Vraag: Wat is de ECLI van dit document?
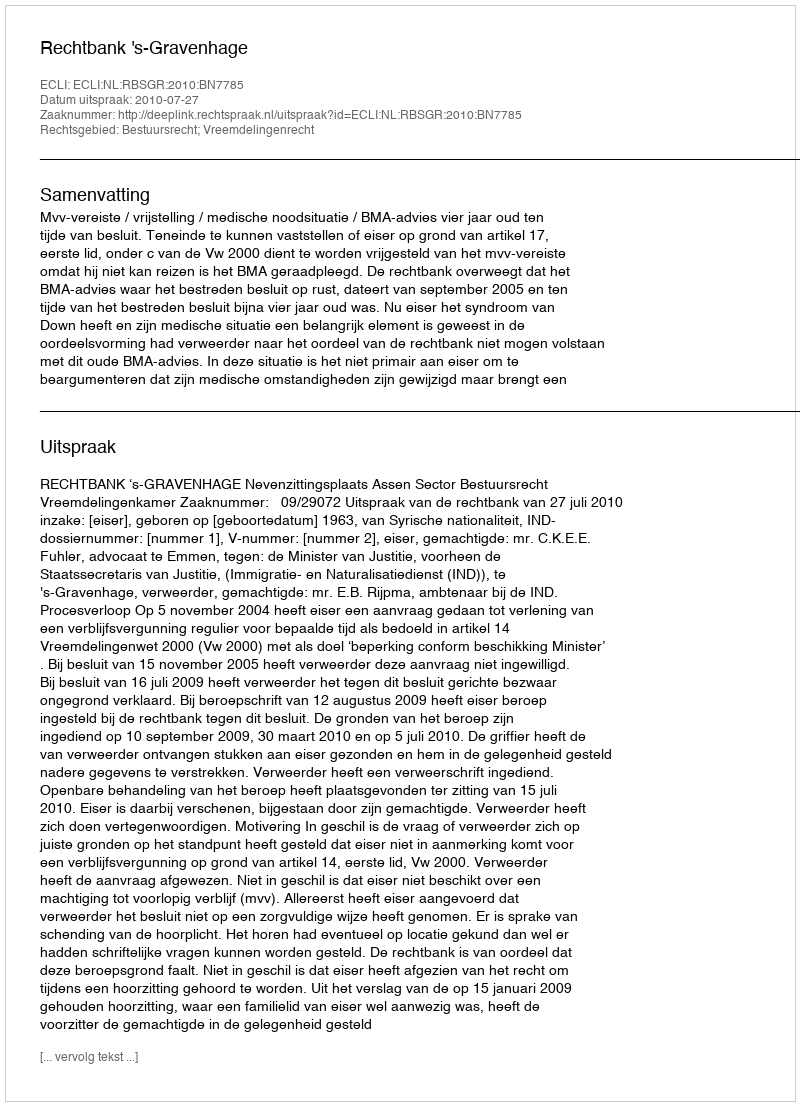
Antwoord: ECLI:NL:RBSGR:2010:BN7785